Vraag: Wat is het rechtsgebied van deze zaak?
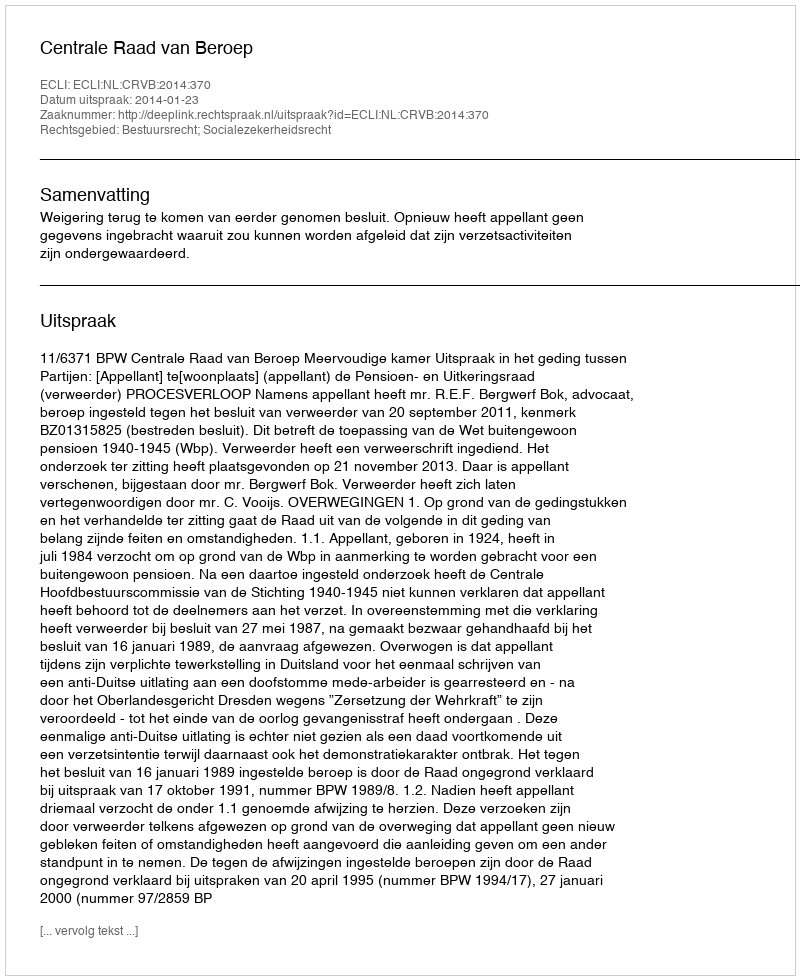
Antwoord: Bestuursrecht; Socialezekerheidsrecht